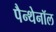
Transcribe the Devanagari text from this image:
पैन्थेनॉल